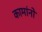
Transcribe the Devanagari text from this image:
कामांनो